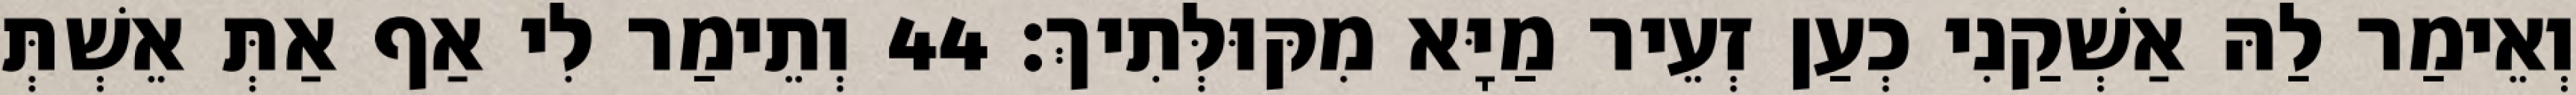
וְאֵימַר לַהּ אַשְׁקַנִי כְעַן זְעֵיר מַיָּא מִקּוּלְּתִיךְ׃ 44 וְתֵימַר לִי אַף אַתְּ אֵשְׁתְּ